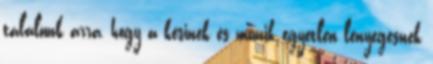
találunk arra, hogy a késinek és munik egyetlen lényegesnek